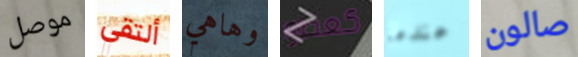
موصل ألتقي وهاهي كعضو عندما صالون